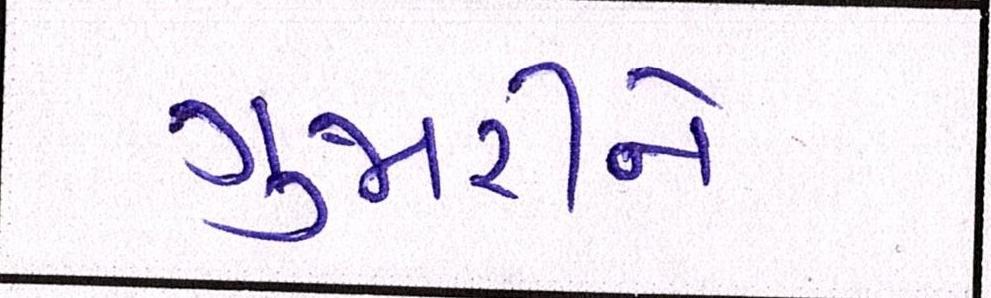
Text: ગુજારીને